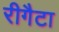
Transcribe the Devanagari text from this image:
रीगैटा